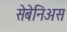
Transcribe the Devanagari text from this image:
सेबेनिअस